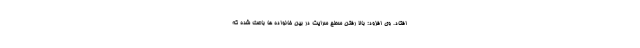
افتاد. وی افزود: بالا رفتن سطح سرایت در بین خانواده ها باعث شده که